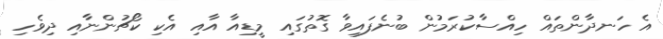
އެ ހަނދާންތައް ހިއްސާކުރަމުން ބުނެފައިވާ ގޮތުގައި މީޑިއާ އާއި އެކި ކޯޗުންނާއި ދިވެހި